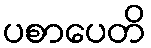
ပစာပေတိ